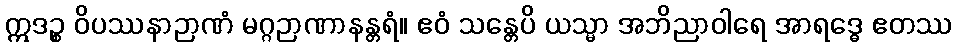
ဣဒဉ္စ ဝိပဿနာဉာဏံ မဂ္ဂဉာဏာနန္တရံ။ ဧဝံ သန္တေပိ ယသ္မာ အဘိညာဝါရေ အာရဒ္ဓေ ဧတဿ